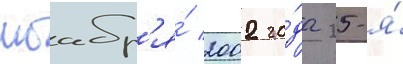
ноабр'я́ 2002 го́да 25-я́